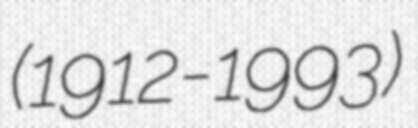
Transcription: (1912-1993)